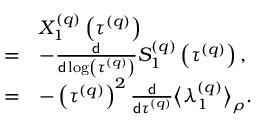
\begin{array} { r l } & { X _ { 1 } ^ { \left( q \right) } \left( \tau ^ { \left( q \right) } \right) } \\ { = } & { - \frac { \mathsf { d } } { \mathsf { d } \log \left( \tau ^ { \left( q \right) } \right) } S _ { 1 } ^ { \left( q \right) } \left( \tau ^ { \left( q \right) } \right) , } \\ { = } & { - \left( \tau ^ { \left( q \right) } \right) ^ { 2 } \frac { \mathsf { d } } { \mathsf { d } \tau ^ { \left( q \right) } } \big \langle \lambda _ { 1 } ^ { \left( q \right) } \big \rangle _ { \rho } . } \end{array}